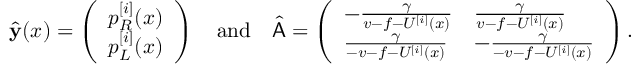
\hat { \mathbf { y } } ( x ) = \left( \begin{array} { l } { p _ { R } ^ { [ i ] } ( x ) } \\ { p _ { L } ^ { [ i ] } ( x ) } \end{array} \right) \quad \mathrm { a n d } \quad \hat { \mathsf { A } } = \left( \begin{array} { l l } { - \frac { \gamma } { v - f - U ^ { [ i ] } ( x ) } } & { \frac { \gamma } { v - f - U ^ { [ i ] } ( x ) } } \\ { \frac { \gamma } { - v - f - U ^ { [ i ] } ( x ) } } & { - \frac { \gamma } { - v - f - U ^ { [ i ] } ( x ) } } \end{array} \right) .